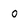
Character: o